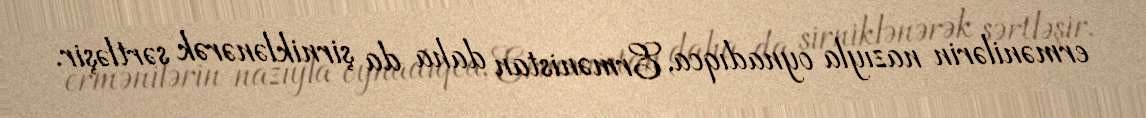
ermənilərin nazıyla oynadıqca, Ermənistan daha da şirniklənərək sərtləşir.